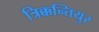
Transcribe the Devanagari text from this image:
त्रिक्कन्तियुर